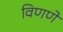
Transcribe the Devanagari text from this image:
विणणें